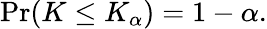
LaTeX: \Pr(K\leq K_{\alpha})=1-\alpha.